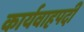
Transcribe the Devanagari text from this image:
कार्यवाहपदी